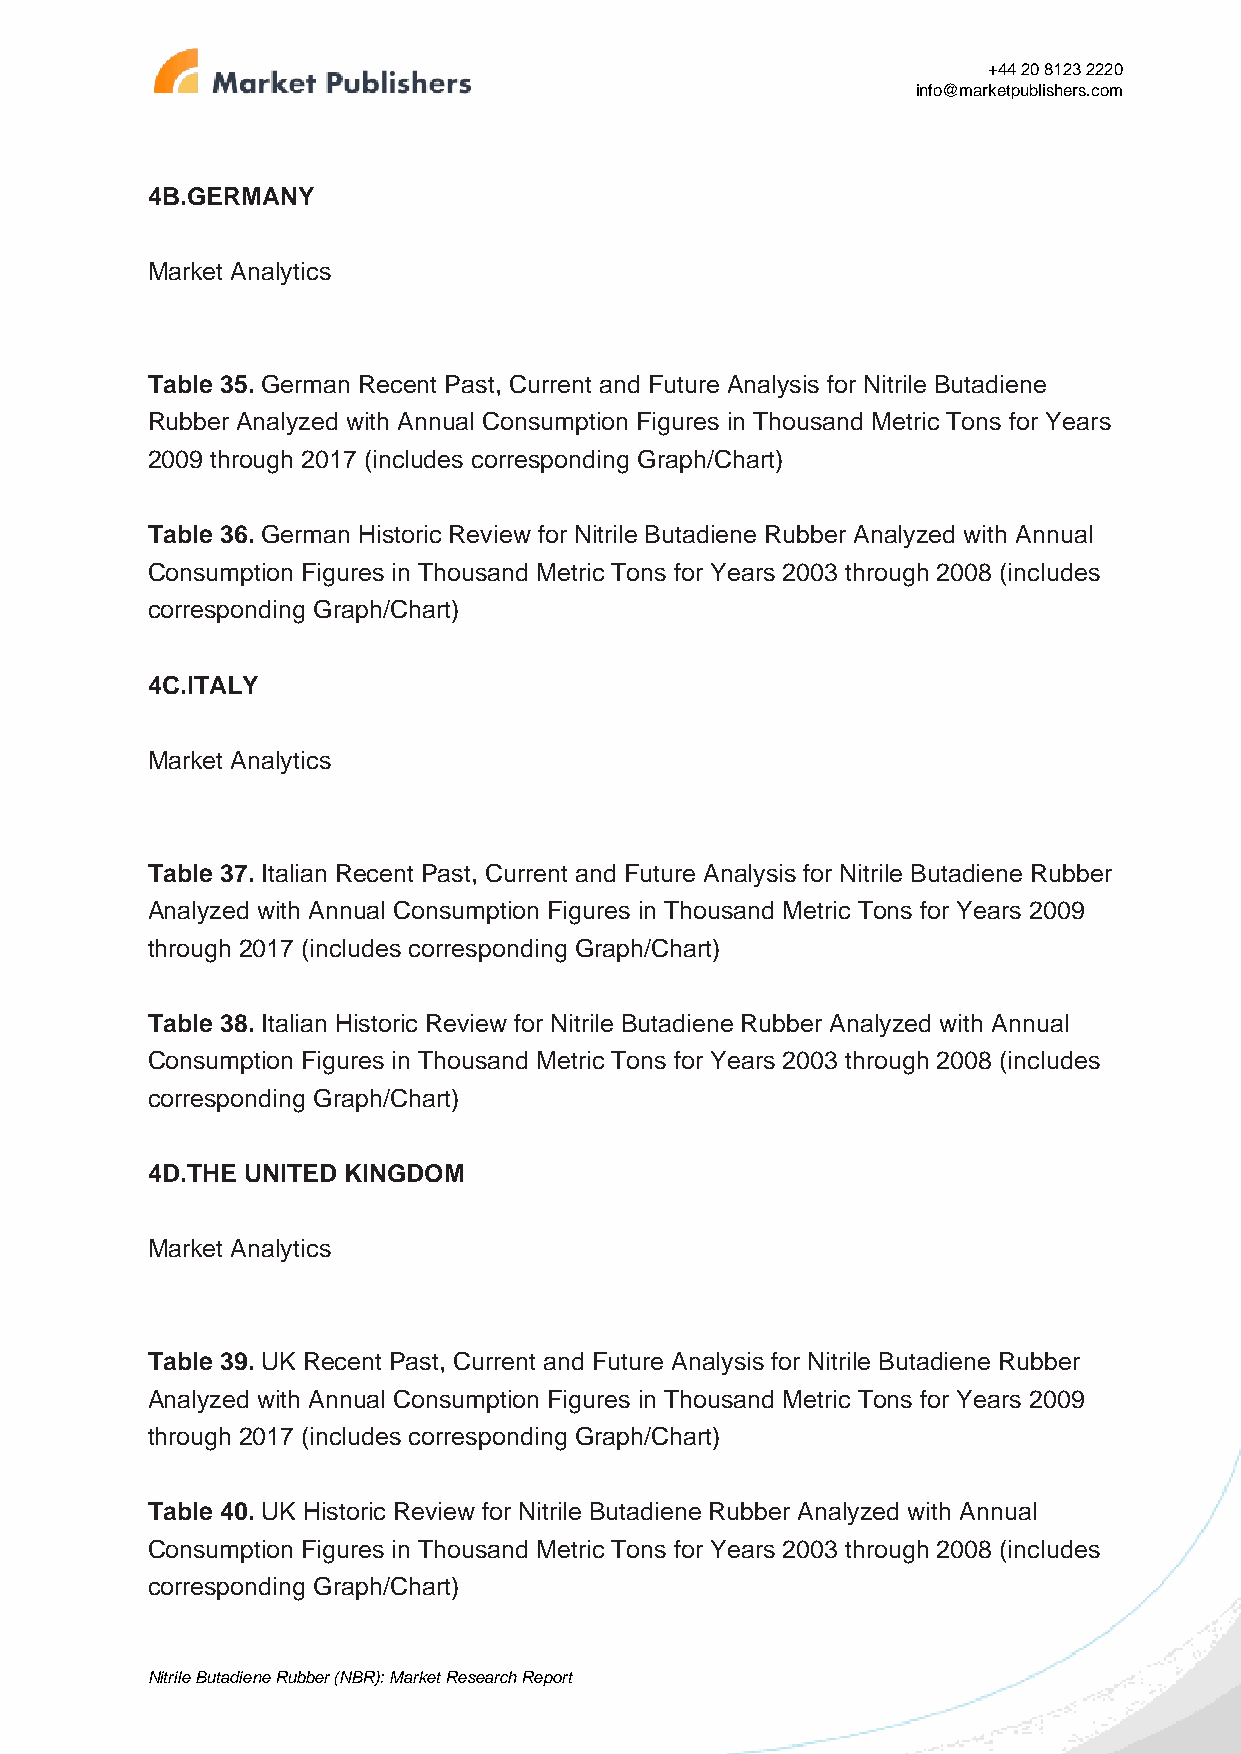
+44 20 8123 2220
 info@marketpublishers.com
 4B.GERMANY
 Market Analytics
 Table 35. German Recent Past, Current and Future Analysis for Nitrile Butadiene
 Rubber Analyzed with Annual Consumption Figures in Thousand Metric Tons for Years
 2009 through 2017 (includes corresponding Graph/Chart)
 Table 36. German Historic Review for Nitrile Butadiene Rubber Analyzed with Annual
 Consumption Figures in Thousand Metric Tons for Years 2003 through 2008 (includes
 corresponding Graph/Chart)
 4C.ITALY
 Market Analytics
 Table 37. Italian Recent Past, Current and Future Analysis for Nitrile Butadiene Rubber
 Analyzed with Annual Consumption Figures in Thousand Metric Tons for Years 2009
 through 2017 (includes corresponding Graph/Chart)
 Table 38. Italian Historic Review for Nitrile Butadiene Rubber Analyzed with Annual
 Consumption Figures in Thousand Metric Tons for Years 2003 through 2008 (includes
 corresponding Graph/Chart)
 4D.THE UNITED KINGDOM
 Market Analytics
 Table 39. UK Recent Past, Current and Future Analysis for Nitrile Butadiene Rubber
 Analyzed with Annual Consumption Figures in Thousand Metric Tons for Years 2009
 through 2017 (includes corresponding Graph/Chart)
 Table 40. UK Historic Review for Nitrile Butadiene Rubber Analyzed with Annual
 Consumption Figures in Thousand Metric Tons for Years 2003 through 2008 (includes
 corresponding Graph/Chart)
 Nitrile Butadiene Rubber (NBR): Market Research Report